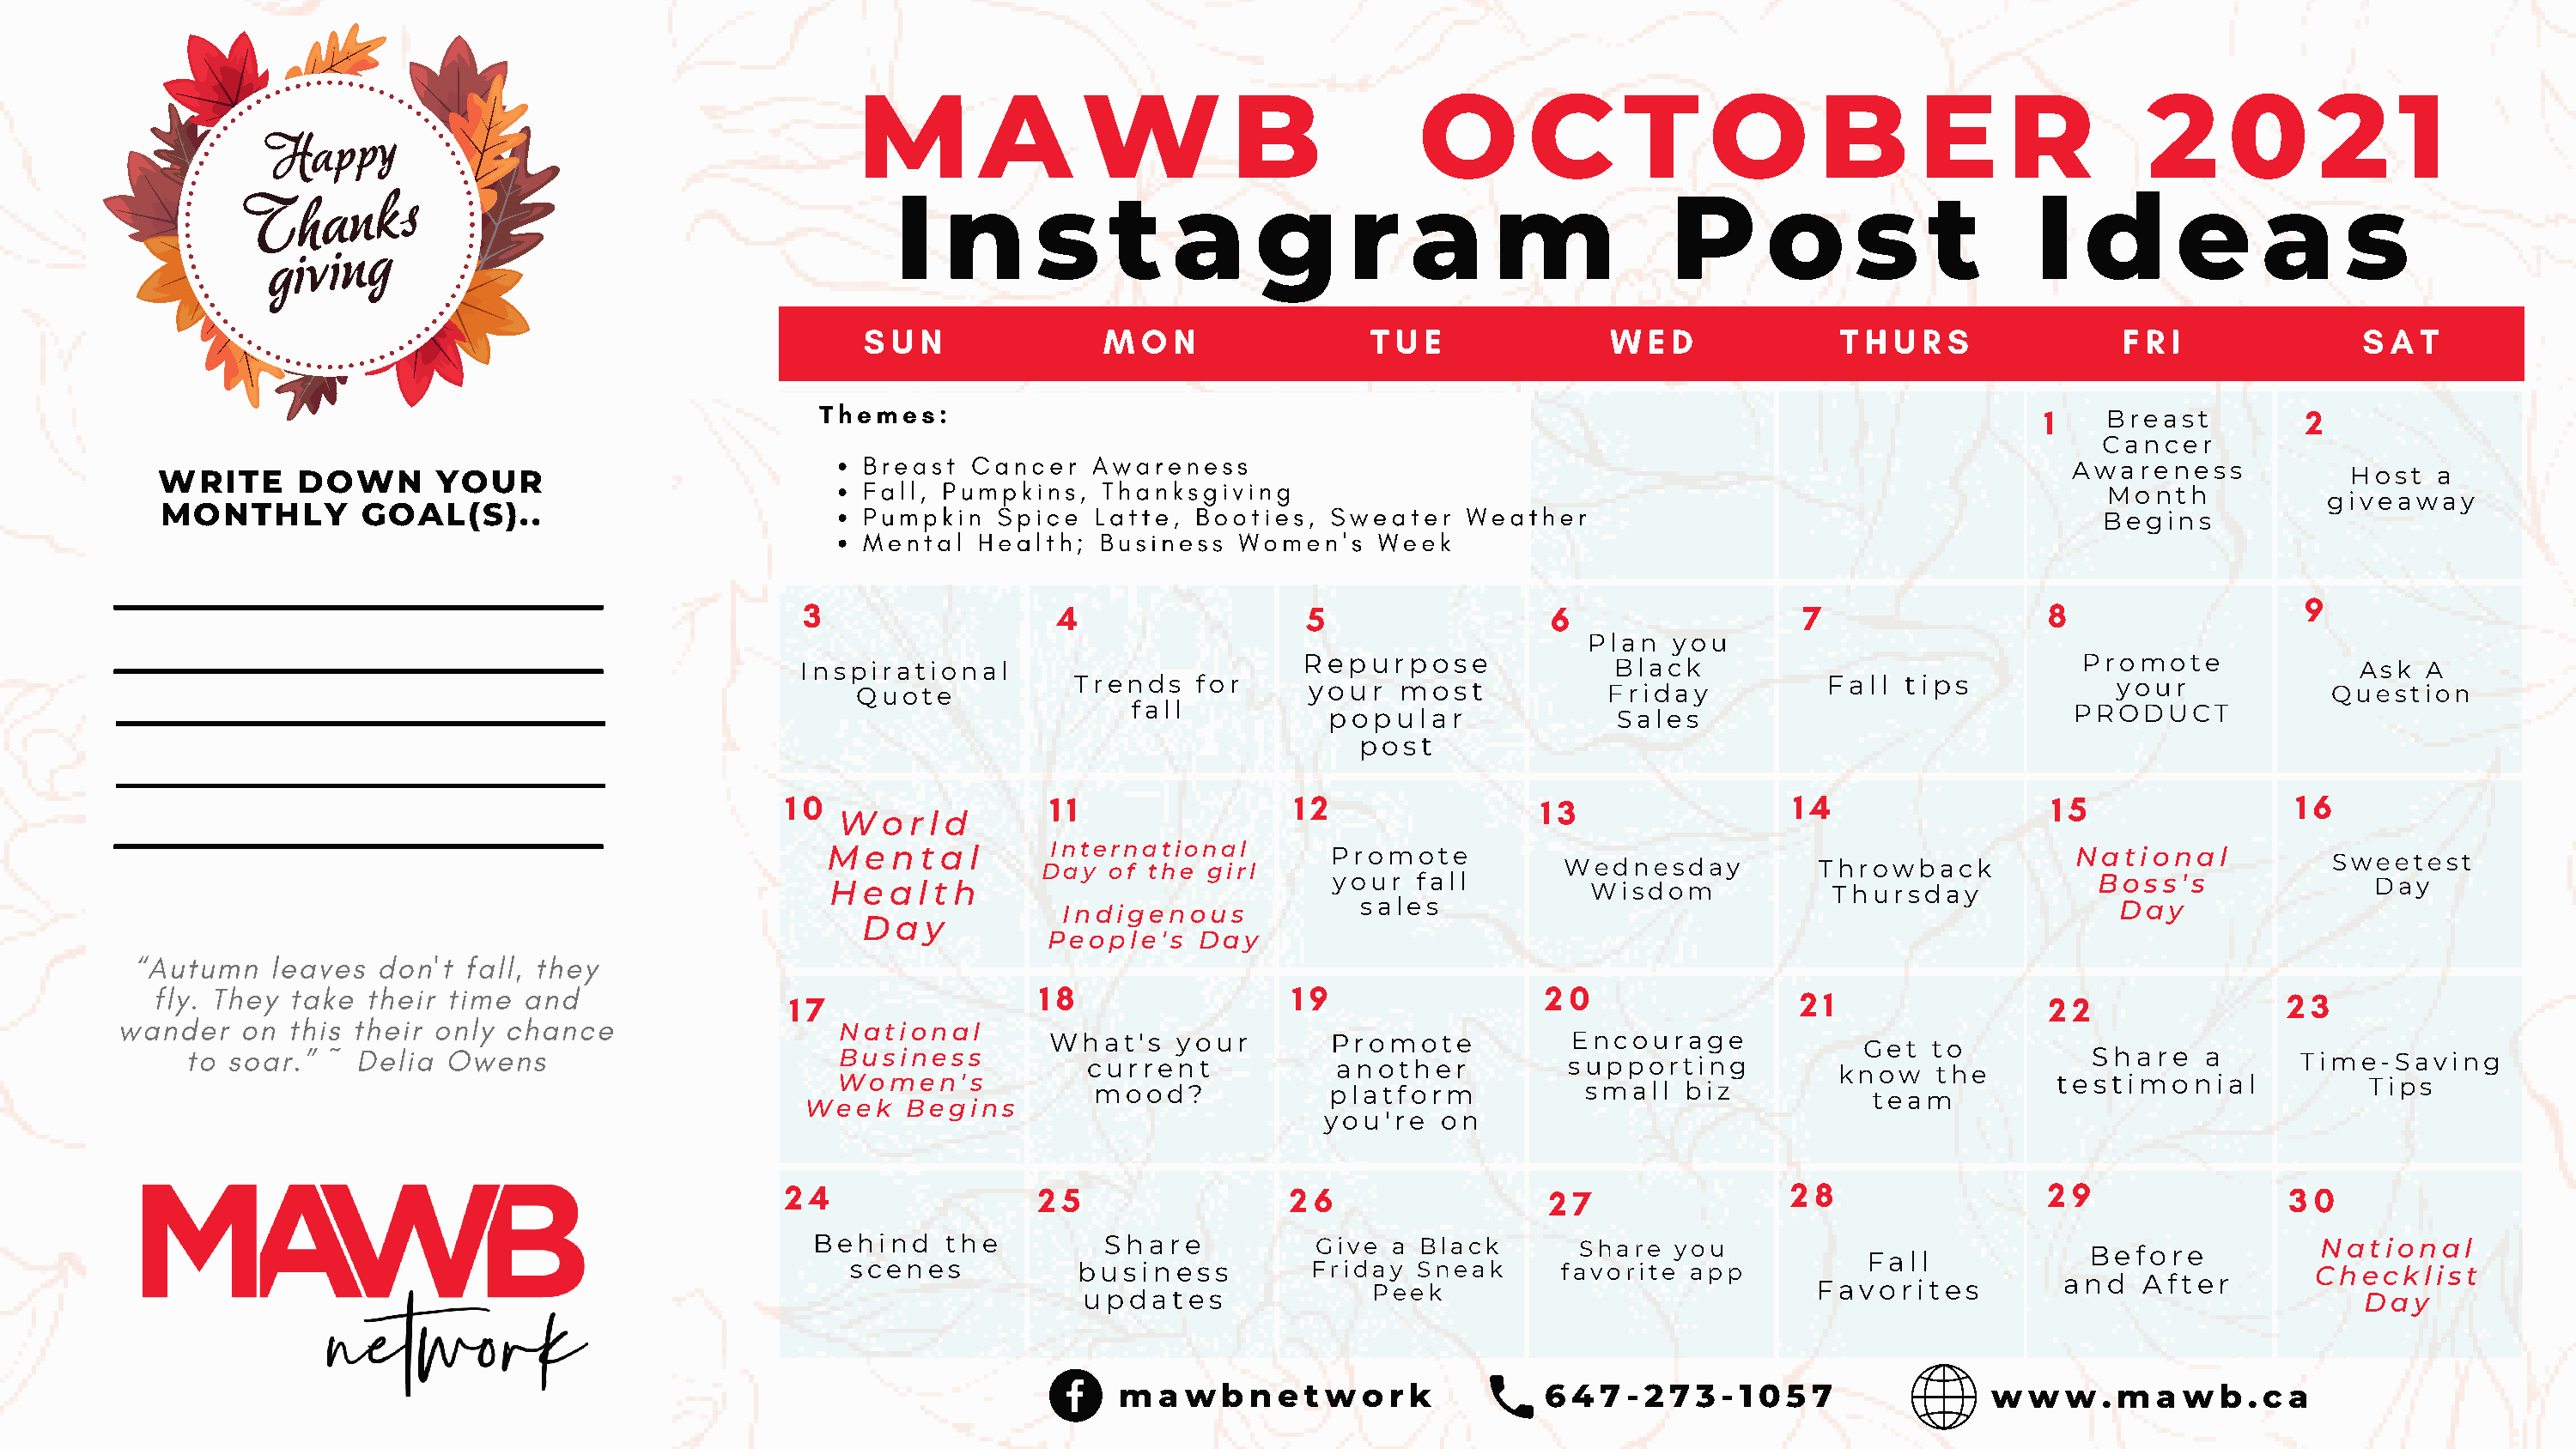
M         A      W           B             O        C      T      O       B       E      R          2     0      2     1
 I   n      s     t   a      g      r    a     m             P      o      s     t       I   d      e     a      s
 S U N             M  O N               T U E             W  E D            T H U R S             F R I             S A  T
 Themes:                                                                                        1                   2
 Breast
 Cancer
 Breast  Cancer   Awareness
 Awareness
 WRITE      DOWN       YOUR                                                                                                                                               Host   a
 Fall, Pumpkins,   Thanksgiving
 Month
 giveaway
 MONTHLY         GOAL(S)..                              Pumpkin   Spice  Latte,  Booties,   Sweater   Weather
 Begins
 Mental  Health;   Business   Women's   Week
 9
 3                  4                   5                  6                  7                  8
 Plan   you
 Repurpose                                                    Promote
 Inspirational                                                 Black                                                     Ask  A
 Quote            Trends   for      your   most            Friday           Fall  tips            your             Question
 fall           popular                Sales                              PRODUCT
 post
 1 0                 1 1                1 2                1 3                1 4                 1 5                1 6
 W  o r l d
 M  e n t a l     International         Promote                                                  National
 Day  of  the girl                        Wednesday          Throwback                               Sweetest
 H  e a l t h                           your  fall          Wisdom            Thursday             Boss's               Day
 Indigenous             sales                                                     Day
 D  a y
 People's   Day
 “Autumn    leaves  don't  fall, they
 fly. They take  their time  and                  1 7                1 8                 1 9                2 0                 2 1                2 2               2 3
 wander    on this their only  chance
 National
 What's    your        Promote           Encourage
 to  soar.” ~ Delia  Owens                          Business           current            another           supporting             Get  to          Share    a      Time-Saving
 know   the
 Women's            mood?             platform            small   biz                          testimonial             Tips
 team
 Week    Begins
 you're   on
 2 4                2 5                2 6                 2 7                2 8                 2 9               3 0
 Behind    the         Share           Give  a Black        Share  you                             Before            National
 Fall
 scenes           business          Friday  Sneak      favorite  app                                             Checklist
 and   After
 updates               Peek                              Favorites                                 Day
 m  a w  b n  e t w o r k         6 4 7 - 2 7 3 - 1 0 5 7            w w  w  . m a w  b . c a